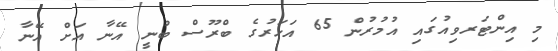
މި އިންޓަރވިއުގައި އުމުރުން 65 އަހަރުގެ ބްރޫސް ބުނީ އޭނާ އަށް އޭނާ